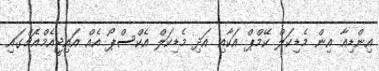
އިންޑިއާ އިން މެޑިކަލް ކޭމްޕް އަކާއި އަދި މެޑިކަލް އެކްސްޕޯ އެއް އައިޖީއެމްއެޗްގައި